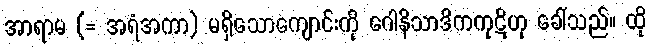
အာရာမ (= အရံအကာ) မရှိသောကျောင်းကို ဂေါနိသာဒိကကုဋိဟု ခေါ်သည်။ ထို